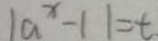
\vert a ^ { x } - 1 \vert = t